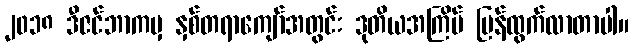
၂၀၁၈ ဒီဇင်ဘာကမှ နှစ်တရာကျော်အတွင်း ဒုတိယအကြိမ် ပြန်ထွက်လာတာပါ။